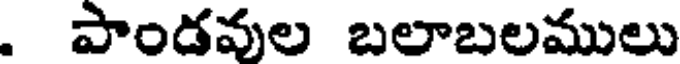
. పాండవుల బలాబలములు